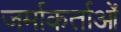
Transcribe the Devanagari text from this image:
जर्माकर्ताओं